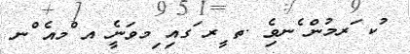
ުކ ަރމުން ެނވެި .ތ ީރ ަގއި ިމވަނީެ އ ްމއެ ްނ